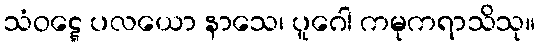
သံဝဋ္ဋေ ပလယော နာသေ၊ ပူဂေါ ကမုကရာသိသု။